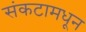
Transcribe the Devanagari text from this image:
संकटामधून